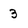
Character: 3